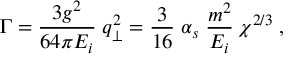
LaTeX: \Gamma = \frac { 3 g ^ { 2 } } { 6 4 \pi E _ { i } } \; q _ { \bot } ^ { 2 } = \frac { 3 } { 1 6 } \; \alpha _ { s } \; \frac { m ^ { 2 } } { E _ { i } } \: \chi ^ { 2 / 3 } \; ,